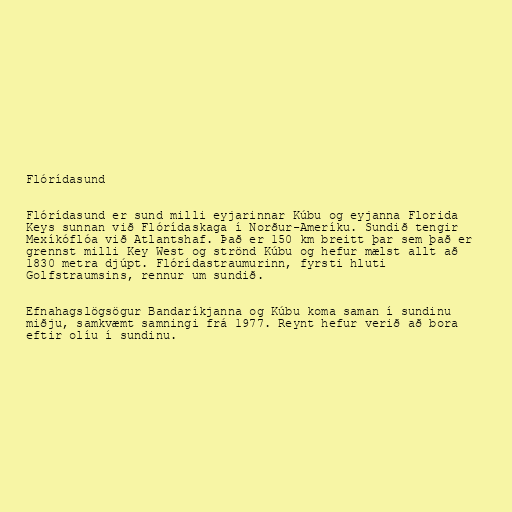
Flórídasund

Flórídasund er sund milli eyjarinnar Kúbu og eyjanna Florida
Keys sunnan við Flórídaskaga í Norður-Ameríku. Sundið tengir
Mexíkóflóa við Atlantshaf. Það er 150 km breitt þar sem það er
grennst milli Key West og strönd Kúbu og hefur mælst allt að
1830 metra djúpt. Flórídastraumurinn, fyrsti hluti
Golfstraumsins, rennur um sundið.

Efnahagslögsögur Bandaríkjanna og Kúbu koma saman í sundinu
miðju, samkvæmt samningi frá 1977. Reynt hefur verið að bora
eftir olíu í sundinu.